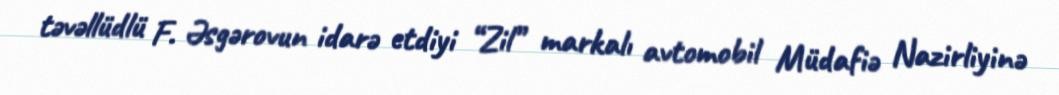
təvəllüdlü F. Əsgərovun idarə etdiyi “Zil” markalı avtomobil Müdafiə Nazirliyinə